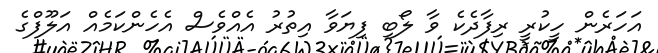
އަހަރެން ހީކުރީ ރިފާދެކެ ވާ ލޯބި ފިޔަވާ އިތުރު އެއްވެސް އެހެންކަމެއް އަލޫފްގެ